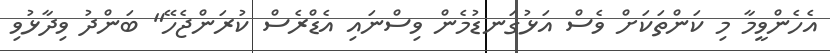
އެހެންވީމާ މި ކަންތަކަށް ވެސް އަޅުގަނޑުމެން ވިސްނައި އެޑްރެސް ކުރަންޖެހޭ" ބަންދު ވިދާޅުވި